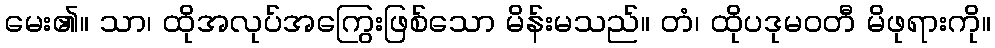
မေး၏။ သာ၊ ထိုအလုပ်အကြွေးဖြစ်သော မိန်းမသည်။ တံ၊ ထိုပဒုမဝတီ မိဖုရားကို။